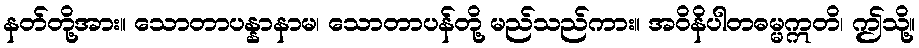
နတ်တို့အား။ သောတာပန္နာနာမ၊ သောတာပန်တို့ မည်သည်ကား။ အဝိနိပါတဓမ္မဣတိ၊ ဤသို့။